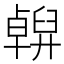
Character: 𠧇